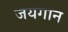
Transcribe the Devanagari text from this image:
जयगान